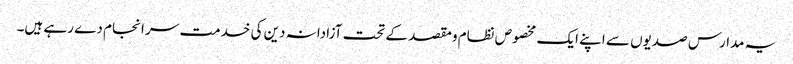
یہ مدارس صدیوں سے اپنے ایک مخصوص نظام ومقصد کے تحت آزادانہ دین کی خدمت سر انجام دے رہے ہیں۔